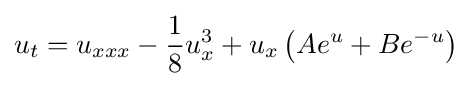
\displaystyle u_{t}=u_{xxx}-{\frac {1}{8}}u_{x}^{3}+u_{x}\left(Ae^{u}+Be^{-u}\right)